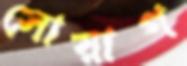
সোয়াগ